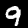
Digit: 9